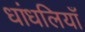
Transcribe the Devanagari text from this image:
धांधलियाँ